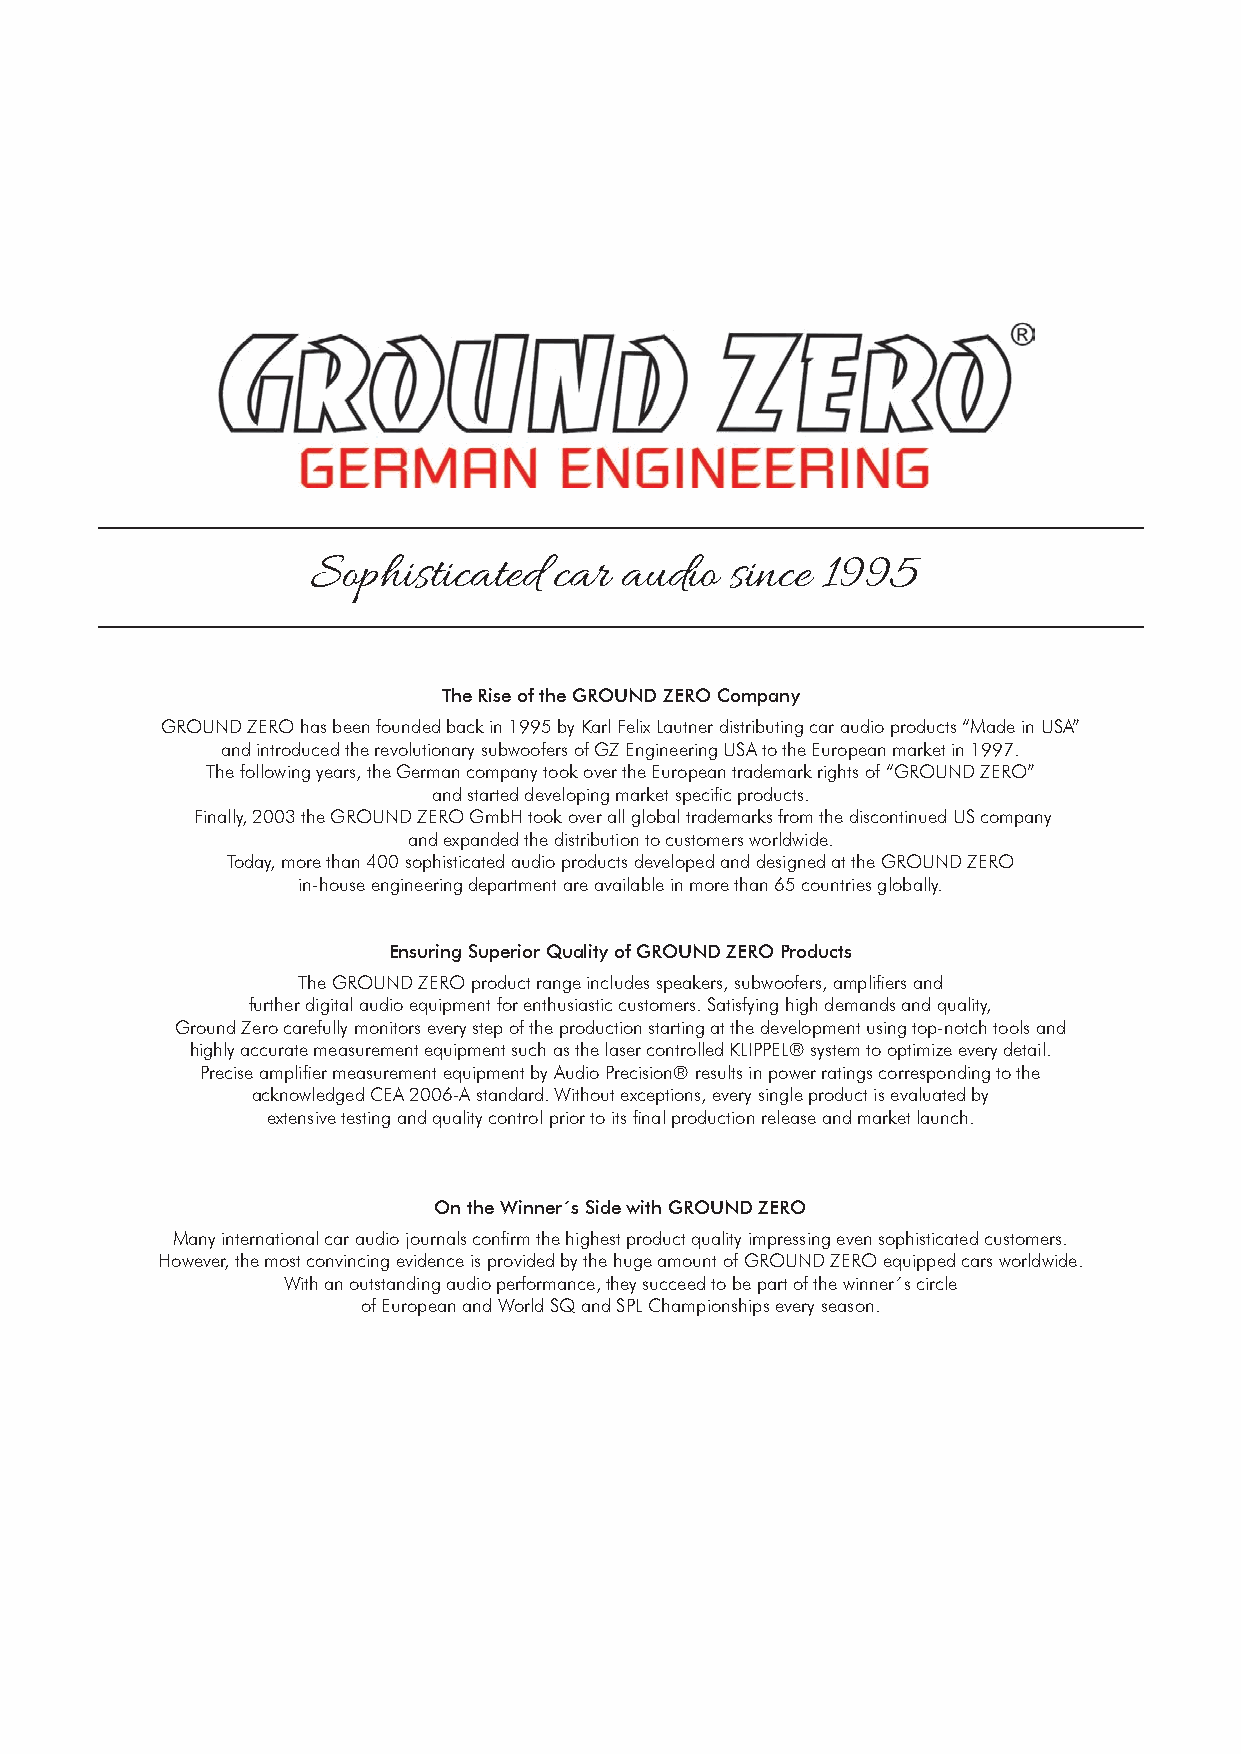
Sophisticated   car audio  since 1995
 The Rise of the GROUND ZERO Company
 GROUND ZERO has been founded back in 1995 by Karl Felix Lautner distributing car audio products “Made in USA”
 and introduced the revolutionary subwoofers of GZ Engineering USA to the European market in 1997.
 The following years, the German company took over the European trademark rights of “GROUND ZERO”
 and started developing market specifi c products.
 Finally, 2003 the GROUND ZERO GmbH took over all global trademarks from the discontinued US company
 and expanded the distribution to customers worldwide.
 Today, more than 400 sophisticated audio products developed and designed at the GROUND ZERO
 in-house engineering department are available in more than 65 countries globally.
 Ensuring Superior Quality of GROUND ZERO Products
 The GROUND ZERO product range includes speakers, subwoofers, amplifi ers and
 further digital audio equipment for enthusiastic customers. Satisfying high demands and quality,
 Ground Zero carefully monitors every step of the production starting at the development using top-notch tools and
 highly accurate measurement equipment such as the laser controlled KLIPPEL® system to optimize every detail.
 Precise amplifi er measurement equipment by Audio Precision® results in power ratings corresponding to the
 acknowledged CEA 2006-A standard. Without exceptions, every single product is evaluated by
 extensive testing and quality control prior to its fi nal production release and market launch.
 On the Winner´s Side with GROUND ZERO
 Many international car audio journals confi rm the highest product quality impressing even sophisticated customers.
 However, the most convincing evidence is provided by the huge amount of GROUND ZERO equipped cars worldwide.
 With an outstanding audio performance, they succeed to be part of the winner´s circle
 of European and World SQ and SPL Championships every season.